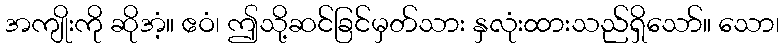
အကျိုးကို ဆိုအံ့။ ဧဝံ၊ ဤသို့ဆင်ခြင်မှတ်သား နှလုံးထားသည်ရှိသော်။ သော၊